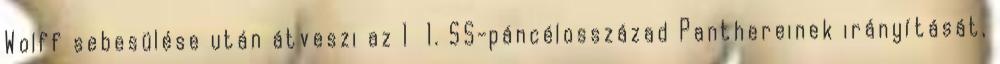
Wolff sebesülése után átveszi az 1 1. SS-páncélosszázad Panthereinek irányítását,